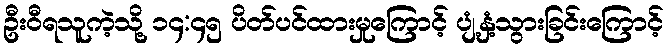
ဦးဝီရသူကဲ့သို့ ၁၄:၄၅ ပိတ်ပင်ထားမှုကြောင့် ပျံ့နှံ့သွားခြင်းကြောင့်